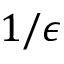
1 / \epsilon